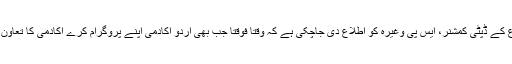
تمام اضلاع کے ڈپٹی کمشنر، ایس پی وغیرہ کو اطلاع دی جاچکی ہے کہ وقتاً فوقتاً جب بھی اردو اکادمی اپنے پروگرام کرے اکادمی کا تعاون کرنا ہوگا۔